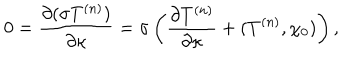
0 = { \frac { \partial ( \sigma T ^ { ( n ) } ) } { \partial \kappa } } = \sigma \left( { \frac { \partial T ^ { ( n ) } } { \partial \kappa } } + ( T ^ { ( n ) } , \chi _ { 0 } ) \right) ,